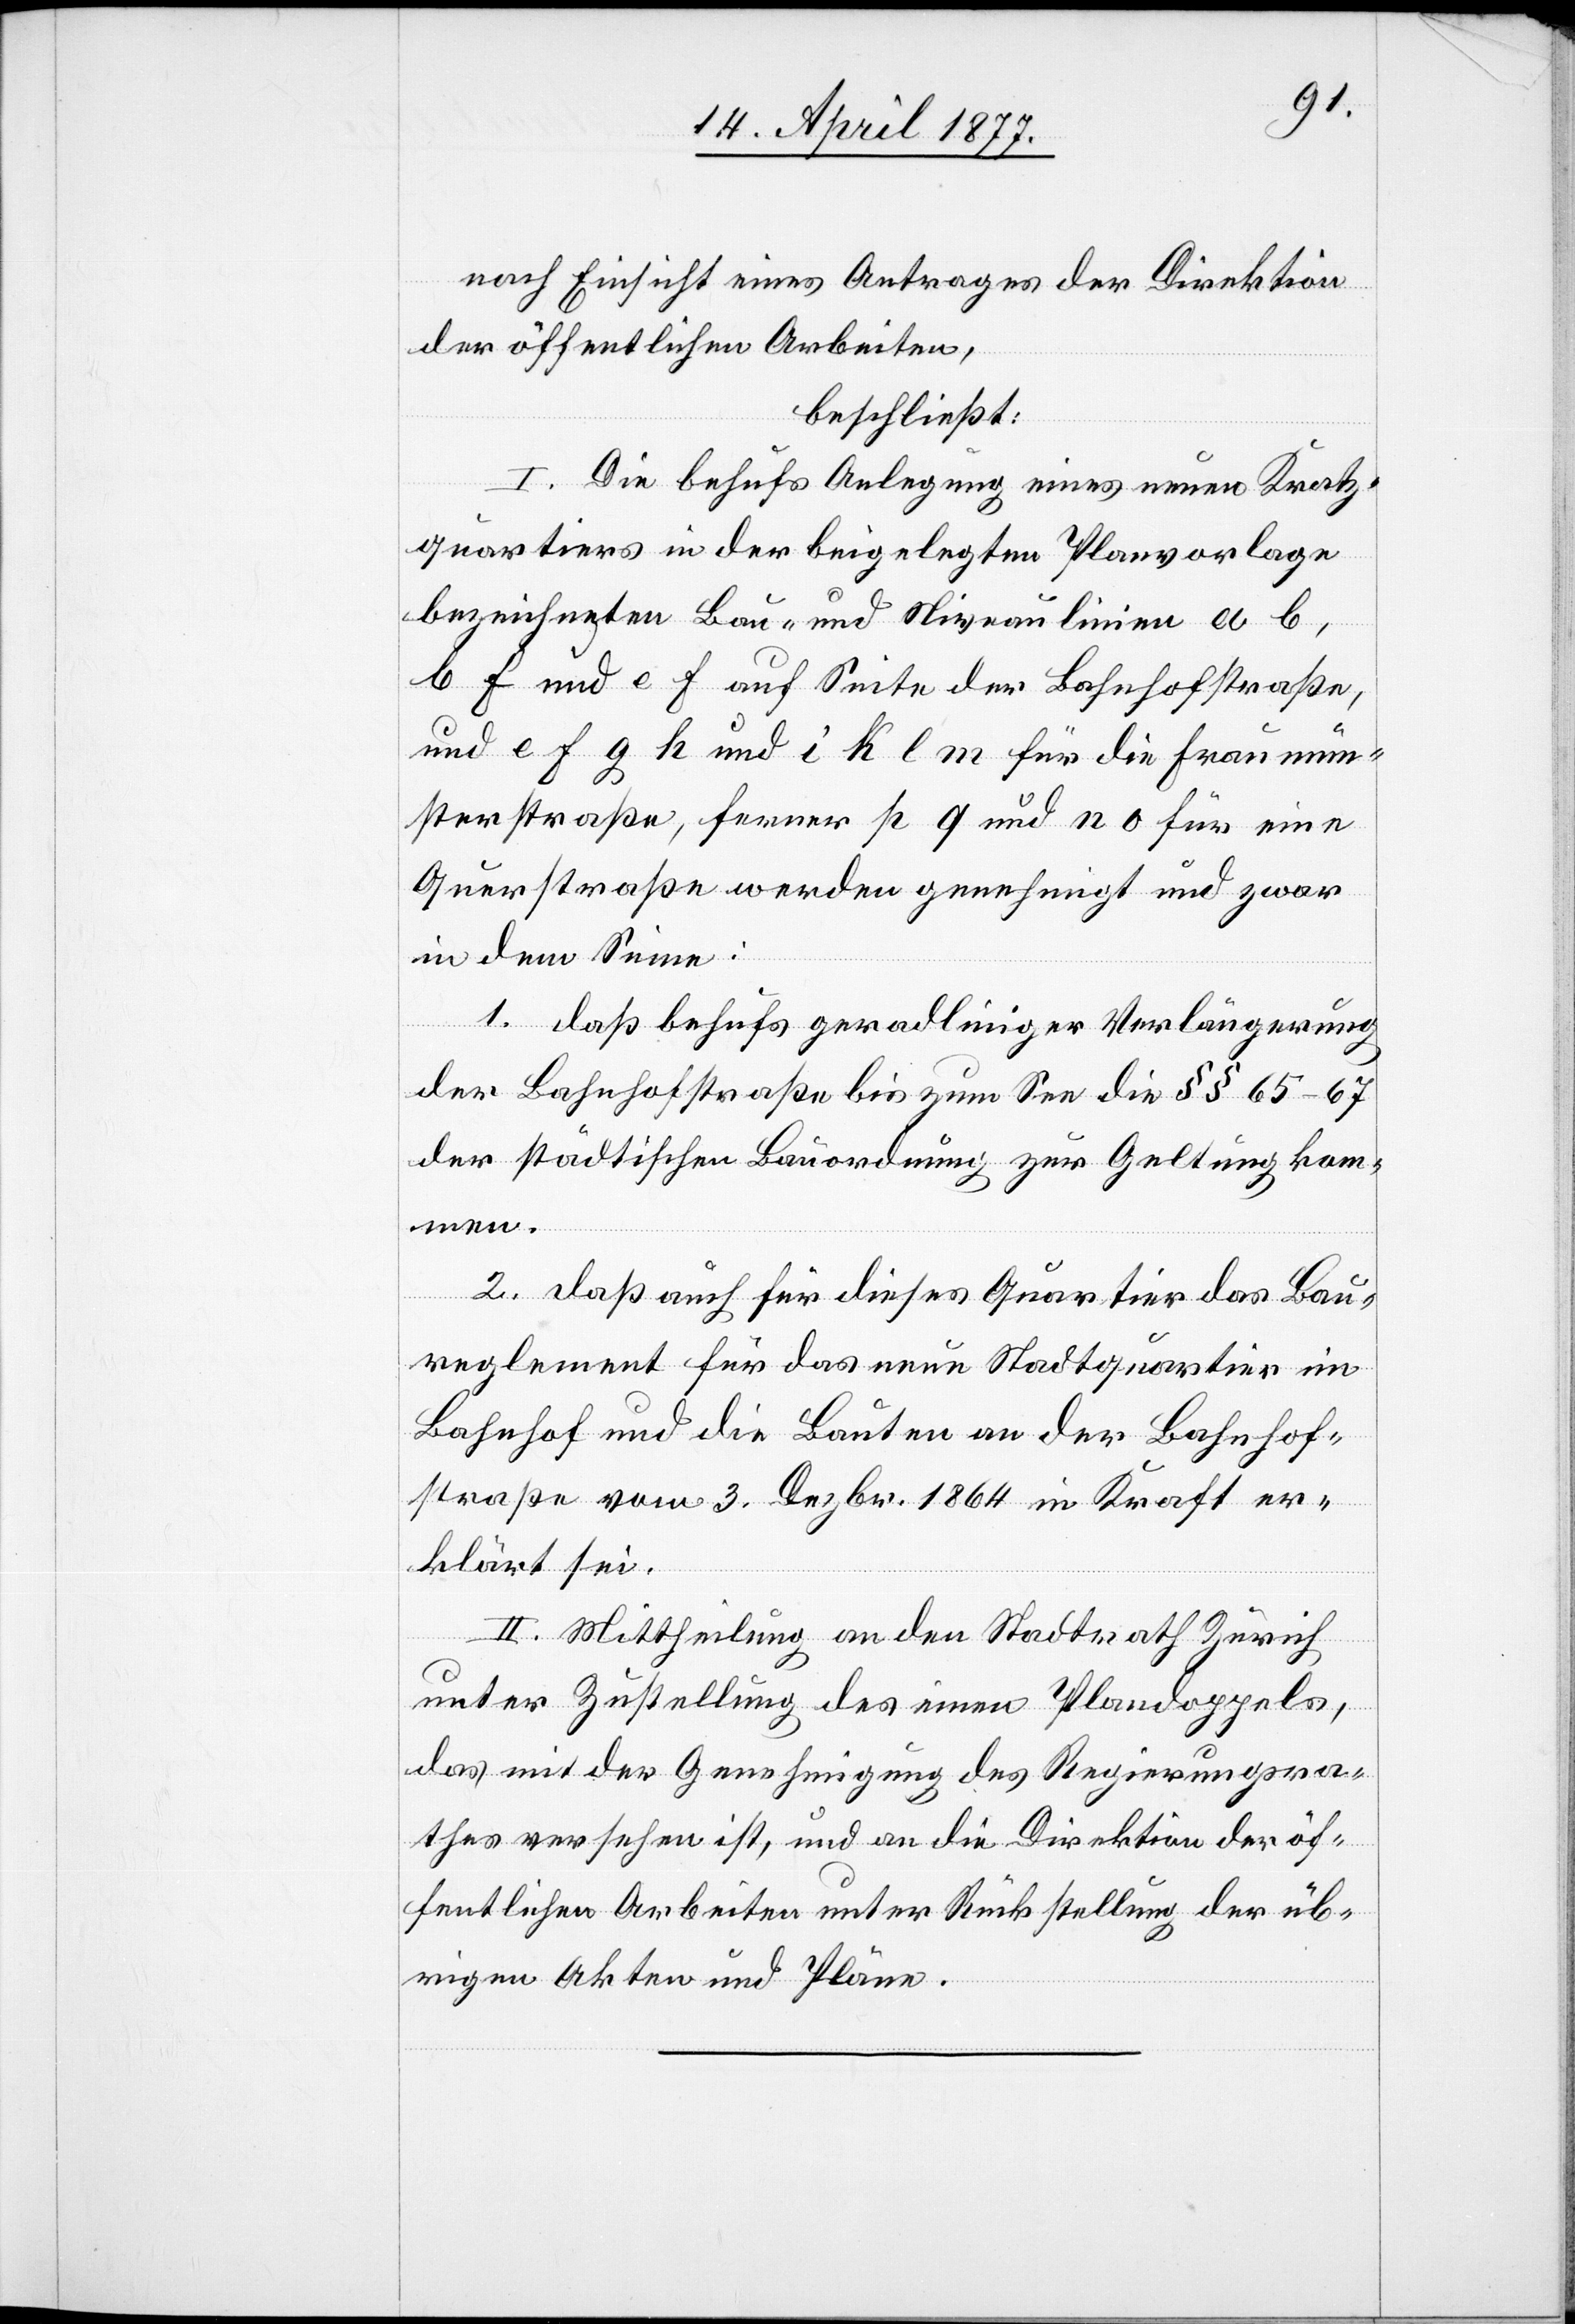
nach Einsicht eines Antrages der Direktion
der öffentlichen Arbeiten,
beschließt:
I. Die behufs Anlegung eines neuen Kratz¬
quartiers in der beigelegten Planvorlage
bezeichneten Bau- und Niveaulinien a b,
b f und e f auf Seite der Bahnhofstraße,
und e f g h und i k l m für die Fraumün¬
sterstraße, ferner p q und n o für eine
Querstraße werden genehmigt und zwar
in dem Sinne:
1. daß behufs geradliniger Verlängerung
der Bahnhofstraße bis zum See die §§ 65–67
der städtischen Bauordnung zur Geltung kom¬
men.
2. daß auch für dieses Quartier das Bau¬
reglement für das neue Stadtquartier im
Bahnhof und die Bauten an der Bahnhof¬
straße vom 3. Dezbr. 1864 [sic!] in Kraft er¬
klärt sei.
II. Mittheilung an den Stadtrath Zürich
unter Zustellung des einen Plandoppels,
das mit der Genehmigung des Regierungsra¬
thes versehen ist, und an die Direktion der öf¬
fentlichen Arbeiten unter Rückstellung der üb¬
rigen Akten und Pläne.